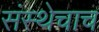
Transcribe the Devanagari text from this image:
संस्थेचाच